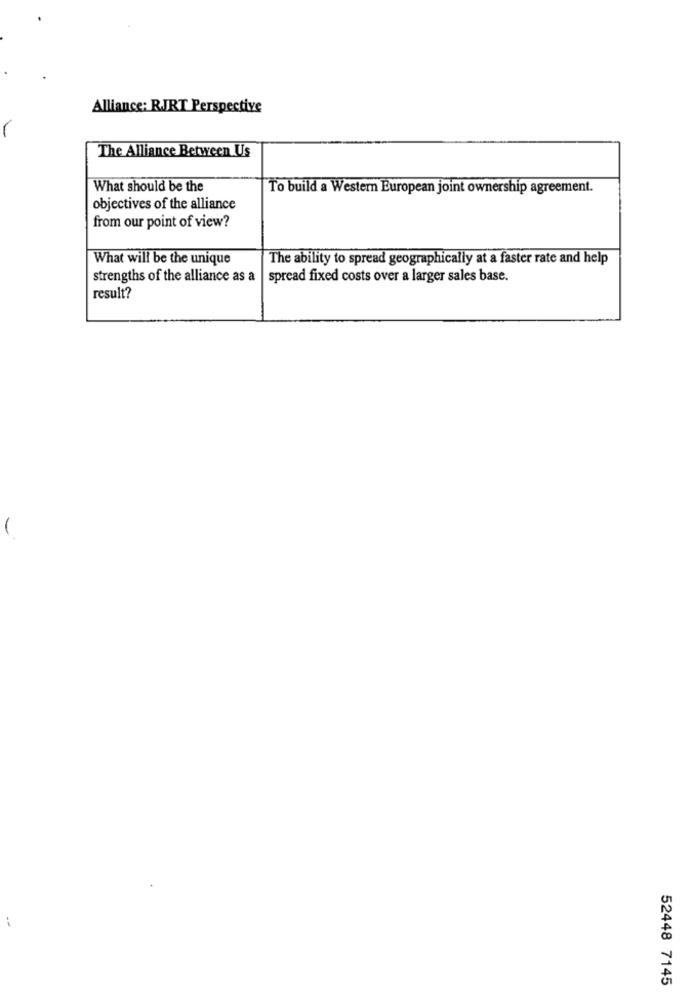
Alliance: RJRT Perspective
The Alliance Between Us
What should be the
To build a Western European joint ownership agreement.
objectives of the alliance
from our point of view?
What will be the unique
The ability to spread geographically at a faster rate and help
strengths of the alliance as a
spread fixed costs over a larger sales base.
result?
52448 7145